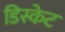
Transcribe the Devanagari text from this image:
डिस्केट